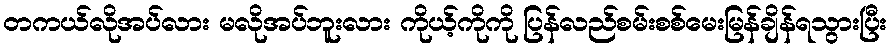
တကယ်လိုအပ်လား မလိုအပ်ဘူးလား ကိုယ့်ကိုကို ပြန်လည်စမ်းစစ်မေးမြန်ချိန်ရသွားပြီး